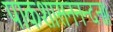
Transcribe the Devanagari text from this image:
पाकशासननन्दनः॥